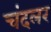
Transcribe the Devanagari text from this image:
चंदलर